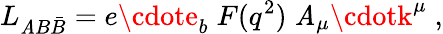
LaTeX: L_{\mathit{A}B\bar{{B}}}=e\cdote_{b}\; F(q^{2})\; \mathit{A}_{\mu}\cdotk^{\mu}\; ,